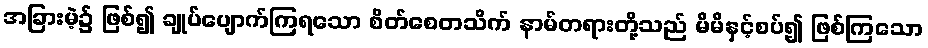
အခြားမဲ့၌ ဖြစ်၍ ချုပ်ပျောက်ကြရသော စိတ်စေတသိက် နာမ်တရားတို့သည် မိမိနှင့်စပ်၍ ဖြစ်ကြသော